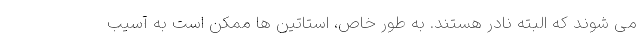
می شوند که البته نادر هستند. به طور خاص، استاتین ها ممکن است به آسیب